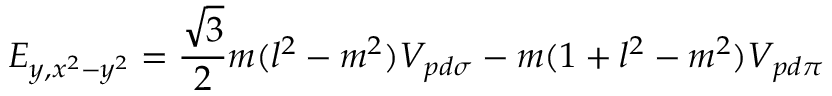
E _ { y , x ^ { 2 } - y ^ { 2 } } = { \frac { \sqrt { 3 } } { 2 } } m ( l ^ { 2 } - m ^ { 2 } ) V _ { p d \sigma } - m ( 1 + l ^ { 2 } - m ^ { 2 } ) V _ { p d \pi }